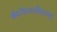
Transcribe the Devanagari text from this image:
बँकॉकनजीकच्या